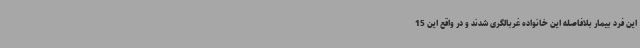
این فرد بیمار بلافاصله این خانواده غربالگری شدند و در واقع این 15